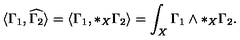
\langle \Gamma _ { 1 } , \widehat { \Gamma _ { 2 } } \rangle = \langle \Gamma _ { 1 } , * _ { X } \Gamma _ { 2 } \rangle = \int _ { X } \Gamma _ { 1 } \wedge * _ { X } \Gamma _ { 2 } .